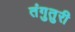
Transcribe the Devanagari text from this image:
तंगुतुरी